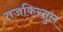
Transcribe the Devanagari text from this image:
तजकिरतुल